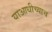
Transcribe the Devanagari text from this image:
याआधीच्याच